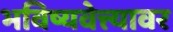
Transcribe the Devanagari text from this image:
भविष्यवेत्त्यावर